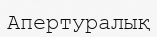
Апертуралық